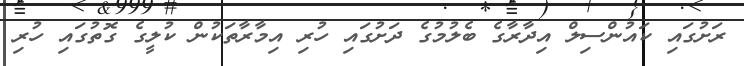
ރަށުގައި ކައުންސިލް އިދާރާގެ ބެލުމުގެ ދަށުގައި ހުރި އިމާރާތަކުން ކުލީގެ ގޮތުގައި ހުރި